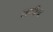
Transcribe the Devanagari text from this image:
लभीय